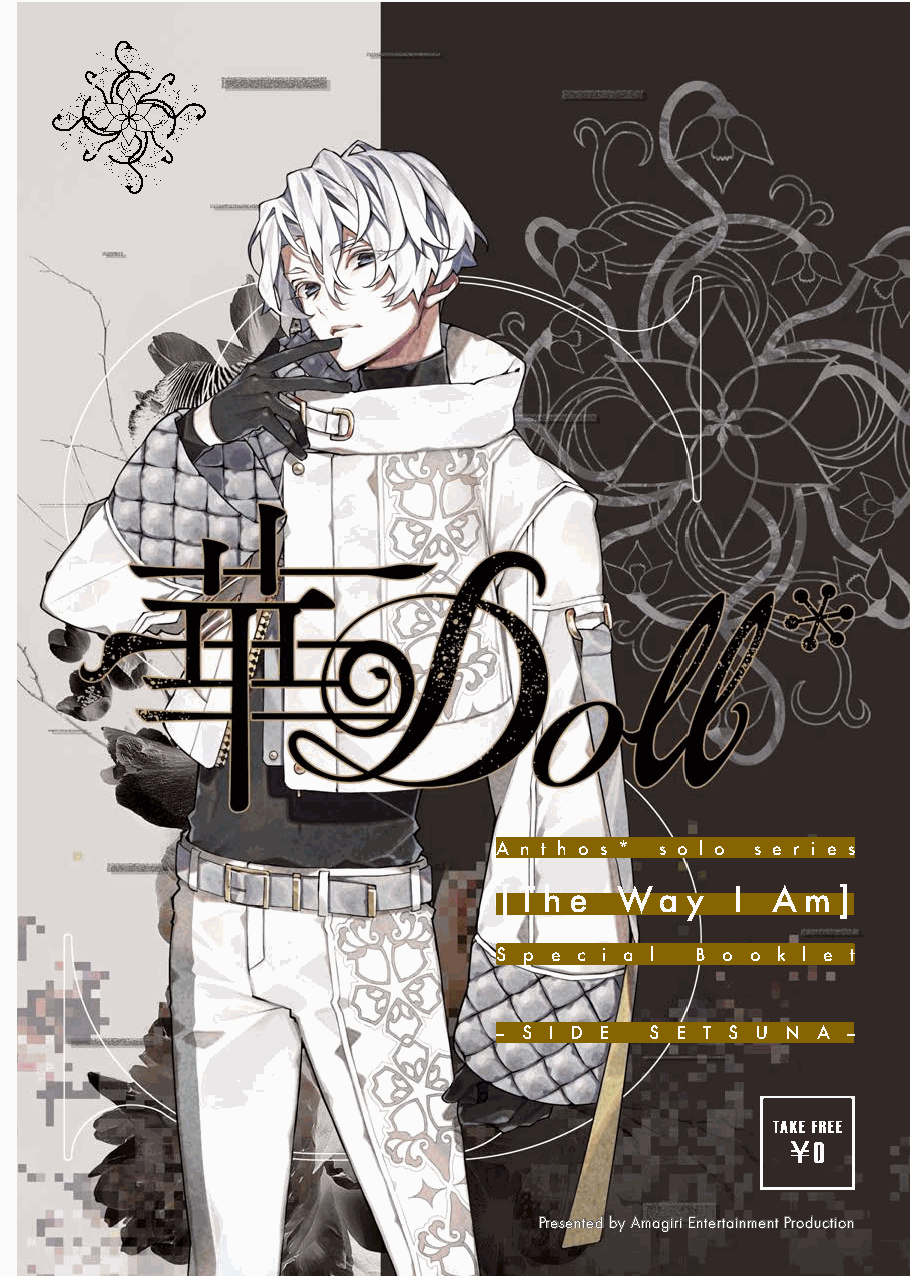
A n t h o s * s o l o s e r i e s
 [ T h e Wa  y   I A m ]
 S p e c i a l B o o k l e t
 - S I D E S E T S U N A -
 TAKE FREE
 ¥0
 PPrreesseenntteedd bbyy AAmmaaggiirrii EEnntteerrttaaiinnmmeenntt PPrroodduuccttiioonn